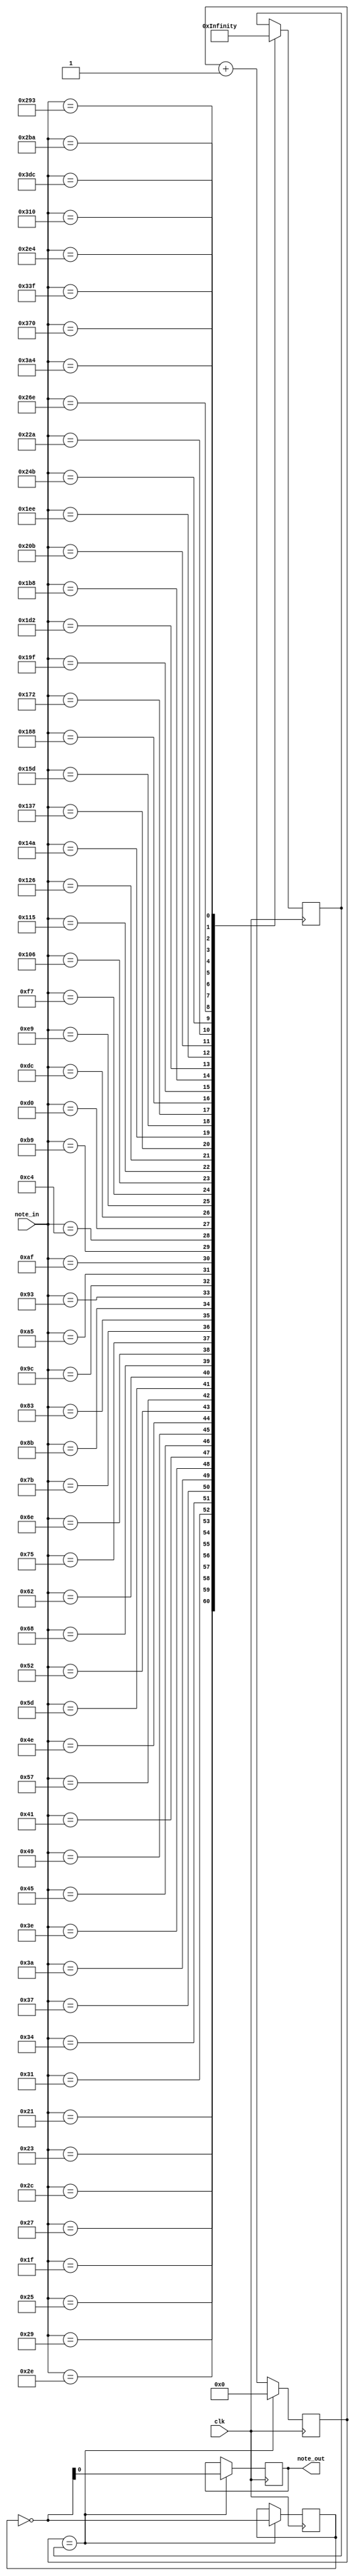
module music_notes(
	input clk,
	input [9:0] note_in,
	output reg note_out
	);

reg [26:0] clkdivider = 50_000_000/440/2; //sets the frequency of the note, we use half of this period for signal on and half off
reg [26:0] counter = 0; //counter to create pwm wave
reg [1:0] spk = 0;


parameter note_B0 	= 16'd31;
parameter note_C1 	= 16'd33;
parameter note_CS1 	= 16'd35;
parameter note_D1 	= 16'd37;
parameter note_DS1 	= 16'd39;
parameter note_E1 	= 16'd41;
parameter note_F1 	= 16'd44;
parameter note_FS1 	= 16'd46;
parameter note_G1 	= 16'd49;
parameter note_GS1 	= 16'd52;
parameter note_A1 	= 16'd55;
parameter note_AS1 	= 16'd58;
parameter note_B1 	= 16'd62;
parameter note_C2 	= 16'd65;
parameter note_CS2 	= 16'd69;
parameter note_D2 	= 16'd73;
parameter note_DS2 	= 16'd78;
parameter note_E2 	= 16'd82;
parameter note_F2 	= 16'd87;
parameter note_FS2 	= 16'd93;
parameter note_G2 	= 16'd98;
parameter note_GS2 	= 16'd104;
parameter note_A2 	= 16'd110;
parameter note_AS2 	= 16'd117;
parameter note_B2 	= 16'd123;
parameter note_C3 	= 16'd131;
parameter note_CS3 	= 16'd139;
parameter note_D3 	= 16'd147;
parameter note_DS3 	= 16'd156;
parameter note_E3 	= 16'd165;
parameter note_F3 	= 16'd175;
parameter note_FS3 	= 16'd185;
parameter note_G3 	= 16'd196;
parameter note_GS3 	= 16'd208;
parameter note_A3 	= 16'd220;
parameter note_AS3 	= 16'd233;
parameter note_B3 	= 16'd247;
parameter note_C4 	= 16'd262;
parameter note_CS4 	= 16'd277;
parameter note_D4 	= 16'd294;
parameter note_DS4 	= 16'd311;
parameter note_E4 	= 16'd330;
parameter note_F4 	= 16'd349;
parameter note_FS4 	= 16'd370;
parameter note_G4 	= 16'd392;
parameter note_GS4 	= 16'd415;
parameter note_A4 	= 16'd440;
parameter note_AS4 	= 16'd466;
parameter note_B4 	= 16'd494;
parameter note_C5 	= 16'd523;
parameter note_CS5 	= 16'd554;
parameter note_D5 	= 16'd587;
parameter note_DS5 	= 16'd622;
parameter note_E5 	= 16'd659;
parameter note_F5 	= 16'd698;
parameter note_FS5 	= 16'd740;
parameter note_G5 	= 16'd784;
parameter note_GS5 	= 16'd831;
parameter note_A5 	= 16'd880;
parameter note_AS5 	= 16'd932;
parameter note_B5 	= 16'd988;
parameter note_C6 	= 16'd1047;
parameter note_CS6 	= 16'd1109;
parameter note_D6 	= 16'd1175;
parameter note_DS6 	= 16'd1245;
parameter note_E6 	= 16'd1319;
parameter note_F6 	= 16'd1397;
parameter note_FS6 	= 16'd1480;
parameter note_G6 	= 16'd1568;
parameter note_GS6 	= 16'd1661;
parameter note_A6 	= 16'd1760;
parameter note_AS6 	= 16'd1865;
parameter note_B6  	= 16'd1976;
parameter note_C7 	= 16'd2093;
parameter note_CS7 	= 16'd2217;
parameter note_D7 	= 16'd2349;
parameter note_DS7 	= 16'd2489;
parameter note_E7 	= 16'd2637;
parameter note_F7 	= 16'd2794;
parameter note_FS7 	= 16'd2960;
parameter note_G7 	= 16'd3136;
parameter note_GS7 	= 16'd3322;
parameter note_A7 	= 16'd3520;
parameter note_AS7 	= 16'd3729;
parameter note_B7 	= 16'd3951;
parameter note_C8 	= 16'd4186;
parameter note_CS8 	= 16'd4435;
parameter note_D8 	= 16'd4699;
parameter note_DS8 	= 16'd4978;

always @(posedge clk)
	case(note_in)
		note_B0	 : clkdivider <= 50_000_000/31/2;
		note_C1	 : clkdivider <= 50_000_000/33/2;
		note_CS1	 : clkdivider <= 50_000_000/35/2;
		note_D1	 : clkdivider <= 50_000_000/37/2;
		note_DS1	 : clkdivider <= 50_000_000/39/2;
		note_E1	 : clkdivider <= 50_000_000/41/2;
		note_F1	 : clkdivider <= 50_000_000/44/2;
		note_FS1	 : clkdivider <= 50_000_000/46/2;
		note_G1	 : clkdivider <= 50_000_000/49/2;
		note_GS1	 : clkdivider <= 50_000_000/52/2;
		note_A1	 : clkdivider <= 50_000_000/55/2;
		note_AS1	 : clkdivider <= 50_000_000/58/2;
		note_B1	 : clkdivider <= 50_000_000/62/2;
		note_C2	 : clkdivider <= 50_000_000/65/2;
		note_CS2	 : clkdivider <= 50_000_000/69/2;
		note_D2	 : clkdivider <= 50_000_000/73/2;
		note_DS2	 : clkdivider <= 50_000_000/78/2;
		note_E2	 : clkdivider <= 50_000_000/82/2;
		note_F2	 : clkdivider <= 50_000_000/87/2;
		note_FS2	 : clkdivider <= 50_000_000/93/2;
		note_G2	 : clkdivider <= 50_000_000/98/2;
		note_GS2	 : clkdivider <= 50_000_000/104/2;
		note_A2	 : clkdivider <= 50_000_000/110/2;
		note_AS2	 : clkdivider <= 50_000_000/117/2;
		note_B2	 : clkdivider <= 50_000_000/123/2;
		note_C3	 : clkdivider <= 50_000_000/131/2;
		note_CS3	 : clkdivider <= 50_000_000/139/2;
		note_D3	 : clkdivider <= 50_000_000/147/2;
		note_DS3	 : clkdivider <= 50_000_000/156/2;
		note_E3	 : clkdivider <= 50_000_000/165/2;
		note_F3	 : clkdivider <= 50_000_000/175/2;
		note_FS3	 : clkdivider <= 50_000_000/185/2;
		note_G3	 : clkdivider <= 50_000_000/196/2;
		note_GS3	 : clkdivider <= 50_000_000/208/2;
		note_A3	 : clkdivider <= 50_000_000/220/2;
		note_AS3	 : clkdivider <= 50_000_000/233/2;
		note_B3	 : clkdivider <= 50_000_000/247/2;
		note_C4	 : clkdivider <= 50_000_000/262/2;
		note_CS4	 : clkdivider <= 50_000_000/277/2;
		note_D4	 : clkdivider <= 50_000_000/294/2;
		note_DS4	 : clkdivider <= 50_000_000/311/2;
		note_E4	 : clkdivider <= 50_000_000/330/2;
		note_F4	 : clkdivider <= 50_000_000/349/2;
		note_FS4	 : clkdivider <= 50_000_000/370/2;
		note_G4	 : clkdivider <= 50_000_000/392/2;
		note_GS4	 : clkdivider <= 50_000_000/415/2;
		note_A4	 : clkdivider <= 50_000_000/440/2;
		note_AS4	 : clkdivider <= 50_000_000/466/2;
		note_B4	 : clkdivider <= 50_000_000/494/2;
		note_C5	 : clkdivider <= 50_000_000/523/2;
		note_CS5	 : clkdivider <= 50_000_000/554/2;
		note_D5	 : clkdivider <= 50_000_000/587/2;
		note_DS5	 : clkdivider <= 50_000_000/622/2;
		note_E5	 : clkdivider <= 50_000_000/659/2;
		note_F5	 : clkdivider <= 50_000_000/698/2;
		note_FS5	 : clkdivider <= 50_000_000/740/2;
		note_G5	 : clkdivider <= 50_000_000/784/2;
		note_GS5	 : clkdivider <= 50_000_000/831/2;
		note_A5	 : clkdivider <= 50_000_000/880/2;
		note_AS5	 : clkdivider <= 50_000_000/932/2;
		note_B5	 : clkdivider <= 50_000_000/988/2;
		note_C6	 : clkdivider <= 50_000_000/1047/2;
		note_CS6	 : clkdivider <= 50_000_000/1109/2;
		note_D6	 : clkdivider <= 50_000_000/1175/2;
		note_DS6	 : clkdivider <= 50_000_000/1245/2;
		note_E6	 : clkdivider <= 50_000_000/1319/2;
		note_F6	 : clkdivider <= 50_000_000/1397/2;
		note_FS6	 : clkdivider <= 50_000_000/1480/2;
		note_G6	 : clkdivider <= 50_000_000/1568/2;
		note_GS6	 : clkdivider <= 50_000_000/1661/2;
		note_A6	 : clkdivider <= 50_000_000/1760/2;
		note_AS6	 : clkdivider <= 50_000_000/1865/2;
		note_B6	 : clkdivider <= 50_000_000/1976/2;
		note_C7	 : clkdivider <= 50_000_000/2093/2;
		note_CS7	 : clkdivider <= 50_000_000/2217/2;
		note_D7	 : clkdivider <= 50_000_000/2349/2;
		note_DS7	 : clkdivider <= 50_000_000/2489/2;
		note_E7	 : clkdivider <= 50_000_000/2637/2;
		note_F7	 : clkdivider <= 50_000_000/2794/2;
		note_FS7	 : clkdivider <= 50_000_000/2960/2;
		note_G7	 : clkdivider <= 50_000_000/3136/2;
		note_GS7	 : clkdivider <= 50_000_000/3322/2;
		note_A7	 : clkdivider <= 50_000_000/3520/2;
		note_AS7	 : clkdivider <= 50_000_000/3729/2;
		note_B7	 : clkdivider <= 50_000_000/3951/2;
		note_C8	 : clkdivider <= 50_000_000/4186/2;
		note_CS8	 : clkdivider <= 50_000_000/4435/2;
		note_D8	 : clkdivider <= 50_000_000/4699/2;
		note_DS8	 : clkdivider <= 50_000_000/4978/2;

endcase


always @(posedge clk) 
	if(counter == clkdivider) 
		counter <= 0; 
	else 
		counter <= counter+1;

always @(posedge clk) 
	if(counter == clkdivider)
		begin
			spk <= ~spk;
			note_out <= ~spk;
		end
endmodule